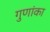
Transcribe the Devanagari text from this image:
गुणांका